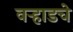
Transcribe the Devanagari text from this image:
वऱ्हाडचे